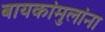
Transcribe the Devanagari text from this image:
बायकांमुलांना